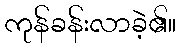
ကုန်ခန်းလာခဲ့၏။